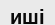
иші